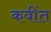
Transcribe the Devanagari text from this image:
कवींत